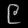
Digit: ၉